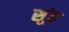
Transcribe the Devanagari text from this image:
सूंढ